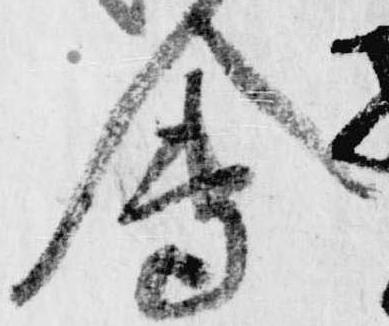
会